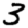
Digit: 3